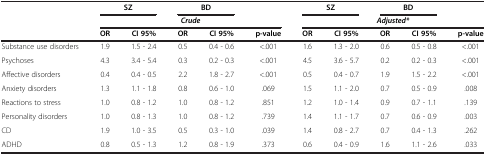
|  | <COLSPAN=2> SZ | <COLSPAN=2> BD |  | <COLSPAN=2> SZ | <COLSPAN=2> BD |  |
 |  | <COLSPAN=5> Crude | <COLSPAN=5> Adjusted* |
 |  | OR | CI 95% | OR | CI 95% | p-value | OR | CI 95% | OR | CI 95% | p-value |
 | --- | --- | --- | --- | --- | --- | --- | --- | --- | --- | --- |
 | Substance use disorders | 1.9 | 1.5 - 2.4 | 0.5 | 0.4 - 0.6 | <.001 | 1.6 | 1.3 - 2.0 | 0.6 | 0.5 - 0.8 | <.001 |
 | Psychoses | 4.3 | 3.4 - 5.4 | 0.3 | 0.2 - 0.3 | <.001 | 4.5 | 3.6 - 5.7 | 0.2 | 0.2 - 0.3 | <.001 |
 | Affective disorders | 0.4 | 0.4 - 0.5 | 2.2 | 1.8 - 2.7 | <.001 | 0.5 | 0.4 - 0.7 | 1.9 | 1.5 - 2.2 | <.001 |
 | Anxiety disorders | 1.3 | 1.1 - 1.8 | 0.8 | 0.6 - 1.0 | .069 | 1.5 | 1.1 - 2.0 | 0.7 | 0.5 - 0.9 | .008 |
 | Reactions to stress | 1.0 | 0.8 - 1.2 | 1.0 | 0.8 - 1.2 | .851 | 1.2 | 1.0 - 1.4 | 0.9 | 0.7 - 1.1 | .139 |
 | Personality disorders | 1.0 | 0.8 - 1.3 | 1.0 | 0.8 - 1.2 | .739 | 1.4 | 1.1 - 1.7 | 0.7 | 0.6 - 0.9 | .003 |
 | CD | 1.9 | 1.0 - 3.5 | 0.5 | 0.3 - 1.0 | .039 | 1.4 | 0.8 - 2.7 | 0.7 | 0.4 - 1.3 | .262 |
 | ADHD | 0.8 | 0.5 - 1.3 | 1.2 | 0.8 - 1.9 | .373 | 0.6 | 0.4 - 0.9 | 1.6 | 1.1 - 2.6 | .033 |